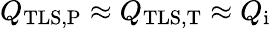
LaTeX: Q_{\mathrm{TLS,P}}\approx Q_{\mathrm{TLS,T}}\approx Q_{\mathrm{i}}